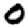
Digit: 0